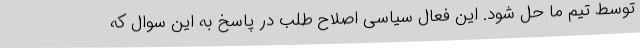
توسط تیم ما حل شود. این فعال سیاسی اصلاح طلب در پاسخ به این سوال که